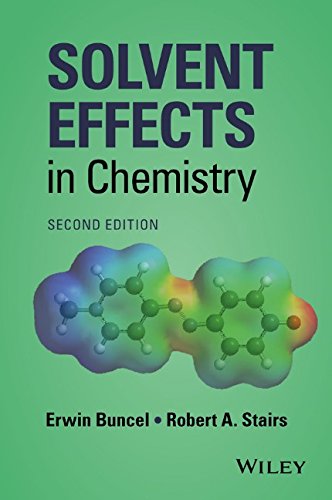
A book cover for Solvent Effects in Chemistry; Erwin Buncel; Science & Math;